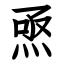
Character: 焏